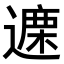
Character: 𫑃